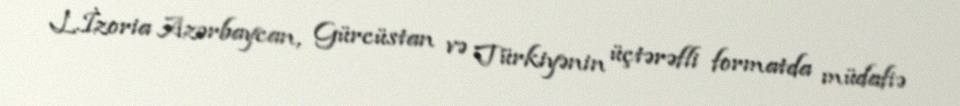
L.İzoria Azərbaycan, Gürcüstan və Türkiyənin üçtərəfli formatda müdafiə